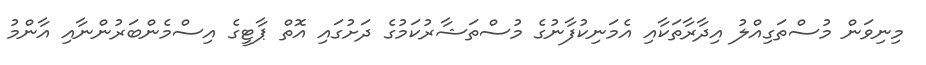
މިނިވަން މުސްތަގިއްލު އިދާރާތަކާއި އެމަނިކުފާނުގެ މުސްތަޝާރުކަމުގެ ދަށުގައި އޮތް ޕާޓީގެ އިސްމެންބަރުންނާއި އާންމު